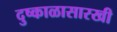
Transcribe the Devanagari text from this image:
दुष्काळासारखी